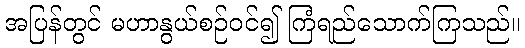
အပြန်တွင် မဟာနွယ်စဉ်ဝင်၍ ကြံရည်သောက်ကြသည်။